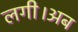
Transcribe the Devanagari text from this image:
लगी।अब